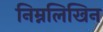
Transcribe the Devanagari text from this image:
निम्नलिखिन